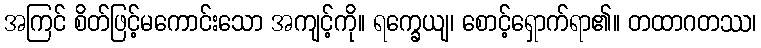
အကြင် စိတ်ဖြင့်မကောင်းသော အကျင့်ကို။ ရက္ခေယျ၊ စောင့်ရှောက်ရာ၏။ တထာဂတဿ၊